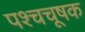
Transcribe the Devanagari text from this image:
पश्चचूषक